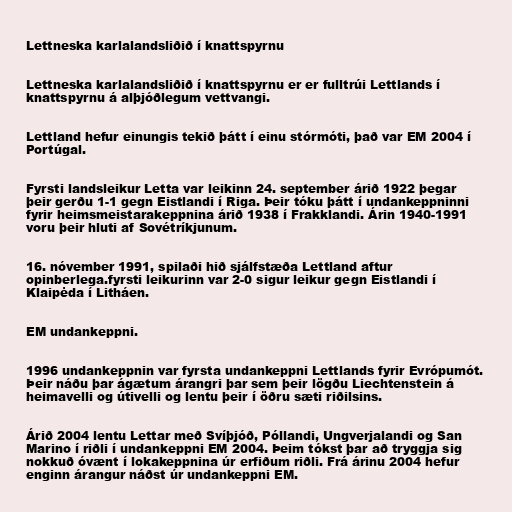
Lettneska karlalandsliðið í knattspyrnu

Lettneska karlalandsliðið í knattspyrnu er er fulltrúi Lettlands í
knattspyrnu á alþjóðlegum vettvangi.

Lettland hefur einungis tekið þátt í einu stórmóti, það var EM 2004 í
Portúgal.

Fyrsti landsleikur Letta var leikinn 24. september árið 1922 þegar
þeir gerðu 1-1 gegn Eistlandi í Riga. Þeir tóku þátt í undankeppninni
fyrir heimsmeistarakeppnina árið 1938 í Frakklandi. Árin 1940-1991
voru þeir hluti af Sovétríkjunum.

16. nóvember 1991, spilaði hið sjálfstæða Lettland aftur
opinberlega.fyrsti leikurinn var 2-0 sigur leikur gegn Eistlandi í
Klaipėda í Litháen.

EM undankeppni.

1996 undankeppnin var fyrsta undankeppni Lettlands fyrir Evrópumót.
Þeir náðu þar ágætum árangri þar sem þeir lögðu Liechtenstein á
heimavelli og útivelli og lentu þeir í öðru sæti riðilsins.

Árið 2004 lentu Lettar með Svíþjóð, Póllandi, Ungverjalandi og San
Marino í riðli í undankeppni EM 2004. Þeim tókst þar að tryggja sig
nokkuð óvænt í lokakeppnina úr erfiðum riðli. Frá árinu 2004 hefur
enginn árangur náðst úr undankeppni EM.